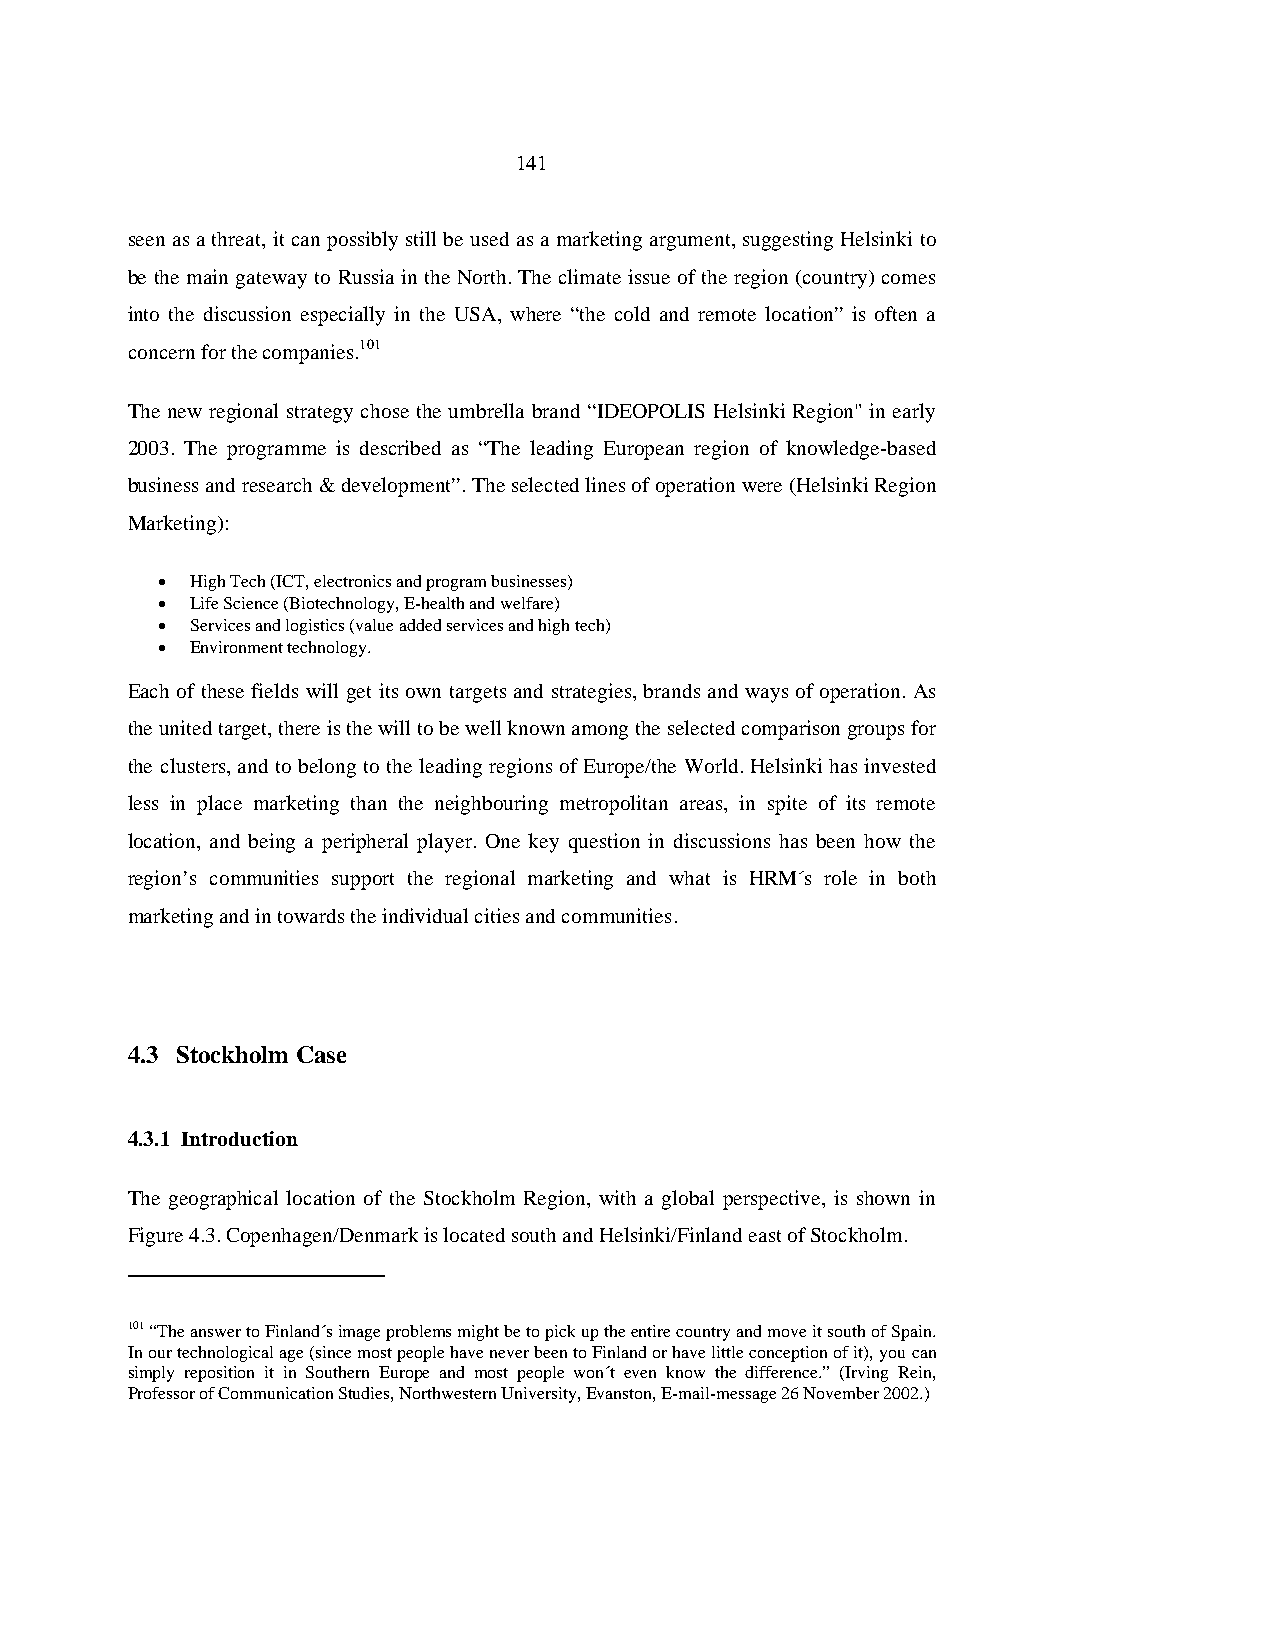
141
 seen as a threat, it can possibly still be used as a marketing argument, suggesting Helsinki to
 be the main gateway to Russia in the North. The climate issue of the region (country) comes
 into the discussion especially in the USA, where “the cold and remote location” is often a
 concern for the companies.101
 The new regional strategy chose the umbrella brand “IDEOPOLIS Helsinki Region" in early
 2003. The programme is described as “The leading European region of knowledge-based
 business and research & development”. The selected lines of operation were (Helsinki Region
 Marketing):
 •  High Tech (ICT, electronics and program businesses)
 •  Life Science (Biotechnology, E-health and welfare)
 •  Services and logistics (value added services and high tech)
 •  Environment technology.
 Each of these fields will get its own targets and strategies, brands and ways of operation. As
 the united target, there is the will to be well known among the selected comparison groups for
 the clusters, and to belong to the leading regions of Europe/the World. Helsinki has invested
 less in place marketing than the neighbouring metropolitan areas, in spite of its remote
 location, and being a peripheral player. One key question in discussions has been how the
 region’s communities support the regional marketing and what is HRM´s role in both
 marketing and in towards the individual cities and communities.
 4.3 Stockholm Case
 4.3.1 Introduction
 The geographical location of the Stockholm Region, with a global perspective, is shown in
 Figure 4.3. Copenhagen/Denmark is located south and Helsinki/Finland east of Stockholm.
 101 “The answer to Finland´s image problems might be to pick up the entire country and move it south of Spain.
 In our technological age (since most people have never been to Finland or have little conception of it), you can
 simply reposition it in Southern Europe and most people won´t even know the difference.” (Irving Rein,
 Professor of Communication Studies, Northwestern University, Evanston, E-mail-message 26 November 2002.)